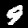
Label: 9